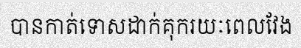
បានកាត់ទោសដាក់គុករយៈពេលវែង